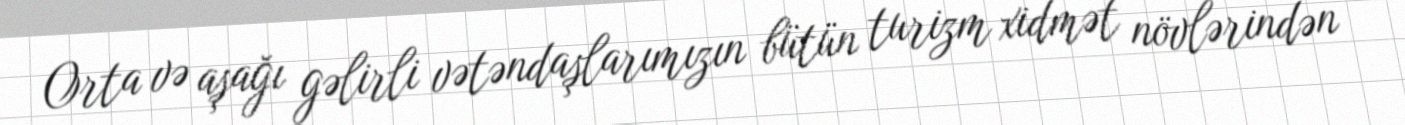
Orta və aşağı gəlirli vətəndaşlarımızın bütün turizm xidmət növlərindən